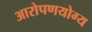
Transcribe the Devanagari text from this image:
आरोपणयोग्य